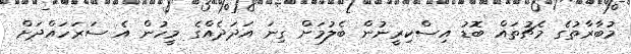
މުބާރާތުގެ މެޗުތައް ބޮޑު އިސްކިރީނުން ބެލުމަށް ގިނަ އަދަދެއްގެ މީހުން އެ ސަރަހައްދަށް